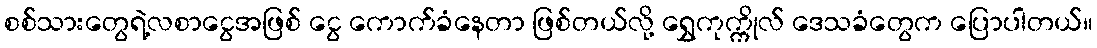
စစ်သားတွေရဲ့လစာငွေအဖြစ် ငွေ ကောက်ခံနေတာ ဖြစ်တယ်လို့ ရွှေကုက္ကိုလ် ဒေသခံတွေက ပြောပါတယ်။